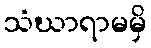
သံဃာရာမမှိ